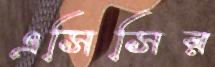
এসিসির